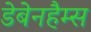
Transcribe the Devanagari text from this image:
डेबेनहैम्स